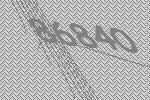
86840